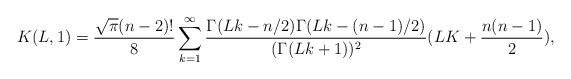
\begin{align*} K(L,1)=\frac{\sqrt{\pi}(n-2)!}{8} \sum_{k=1}^\infty \frac{\Gamma(Lk-n/2) \Gamma(Lk-(n-1)/2) }{(\Gamma(Lk+1))^2} (LK+\frac{n(n-1)}2),\end{align*}